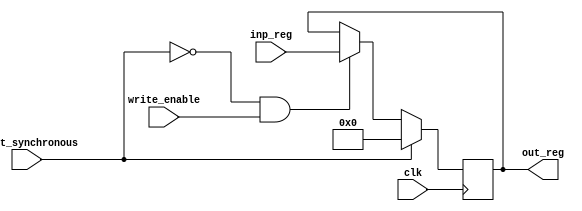
module register_synchronous_reset_write_en #(parameter W = 16) 
	(
	input clk, 
	input write_enable,
	input reset_synchronous, // Reset == 1 --> Clear Register Content @ Next Rising Edge
	input [W-1:0] inp_reg, 
	output reg [W-1:0] out_reg
	);
	
	always @(posedge clk) // Sequential Circuit
		begin
			if (reset_synchronous == 1)
				out_reg <= 0; // Reset at the next clock cycle
			else if (reset_synchronous == 0 && write_enable == 1)
				out_reg <= inp_reg; // Load output at the next clock cycle with parallel input
		end
	
endmodule